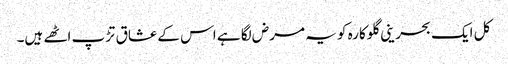
کل ایک بحرینی گلوکارہ کو یہ مرض لگا ہے اس کے عشاق تڑپ اٹھے ہیں۔